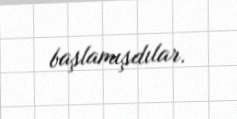
başlamışdılar.